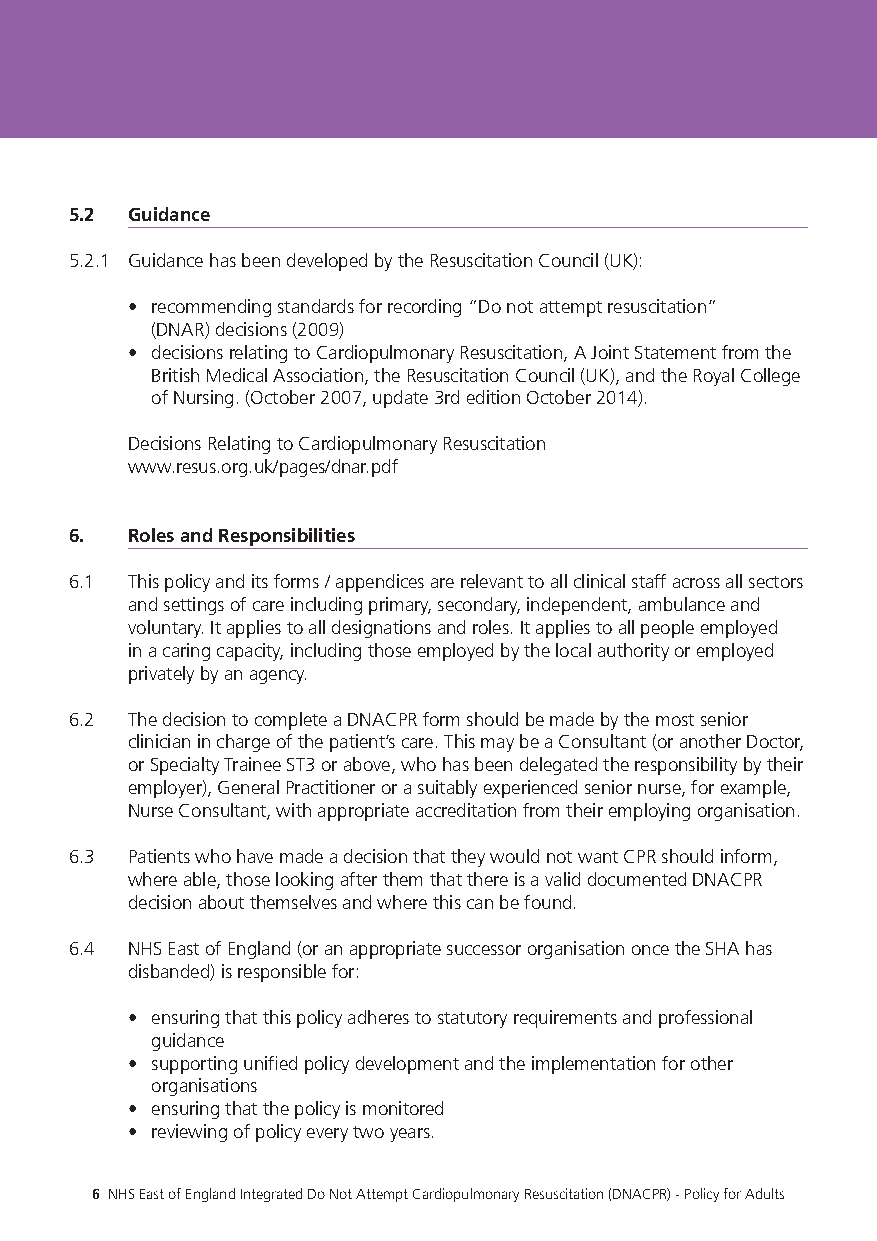
5.2 Guidance
 5.2.1 Guidance has been developed by the Resuscitation Council (UK):
 • recommending standards for recording “Do not attempt resuscitation”
 (DNAR) decisions (2009)
 • decisions relating to Cardiopulmonary Resuscitation, A Joint Statement from the
 British Medical Association, the Resuscitation Council (UK), and the Royal College
 of Nursing. (October 2007, update 3rd edition October 2014).
 Decisions Relating to Cardiopulmonary Resuscitation
 www.resus.org.uk/pages/dnar.pdf
 6. Roles and Responsibilities
 6.1 This policy and its forms / appendices are relevant to all clinical staff across all sectors
 and settings of care including primary, secondary, independent, ambulance and
 voluntary. It applies to all designations and roles. It applies to all people employed
 in a caring capacity, including those employed by the local authority or employed
 privately by an agency.
 6.2 The decision to complete a DNACPR form should be made by the most senior
 clinician in charge of the patient’s care. This may be a Consultant (or another Doctor,
 or Specialty Trainee ST3 or above, who has been delegated the responsibility by their
 employer), General Practitioner or a suitably experienced senior nurse, for example,
 Nurse Consultant, with appropriate accreditation from their employing organisation.
 6.3 Patients who have made a decision that they would not want CPR should inform,
 where able, those looking after them that there is a valid documented DNACPR
 decision about themselves and where this can be found.
 6.4 NHS East of England (or an appropriate successor organisation once the SHA has
 disbanded) is responsible for:
 • ensuring that this policy adheres to statutory requirements and professional
 guidance
 • supporting unified policy development and the implementation for other
 organisations
 • ensuring that the policy is monitored
 • reviewing of policy every two years.
 6 NHS East of England Integrated Do Not Attempt Cardiopulmonary Resuscitation (DNACPR) - Policy for Adults 7 NHS East of England Integrated Do Not Attempt Cardiopulmonary Resuscitation (DNACPR) - Policy for Adults